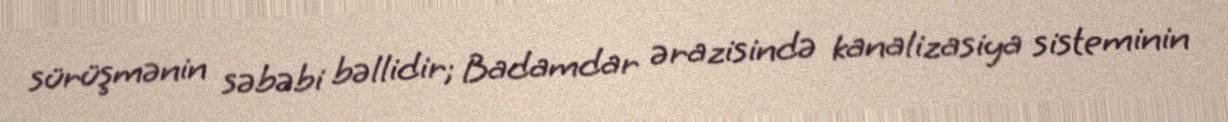
sürüşmənin səbəbi bəllidir; Badamdar ərazisində kanalizasiya sisteminin